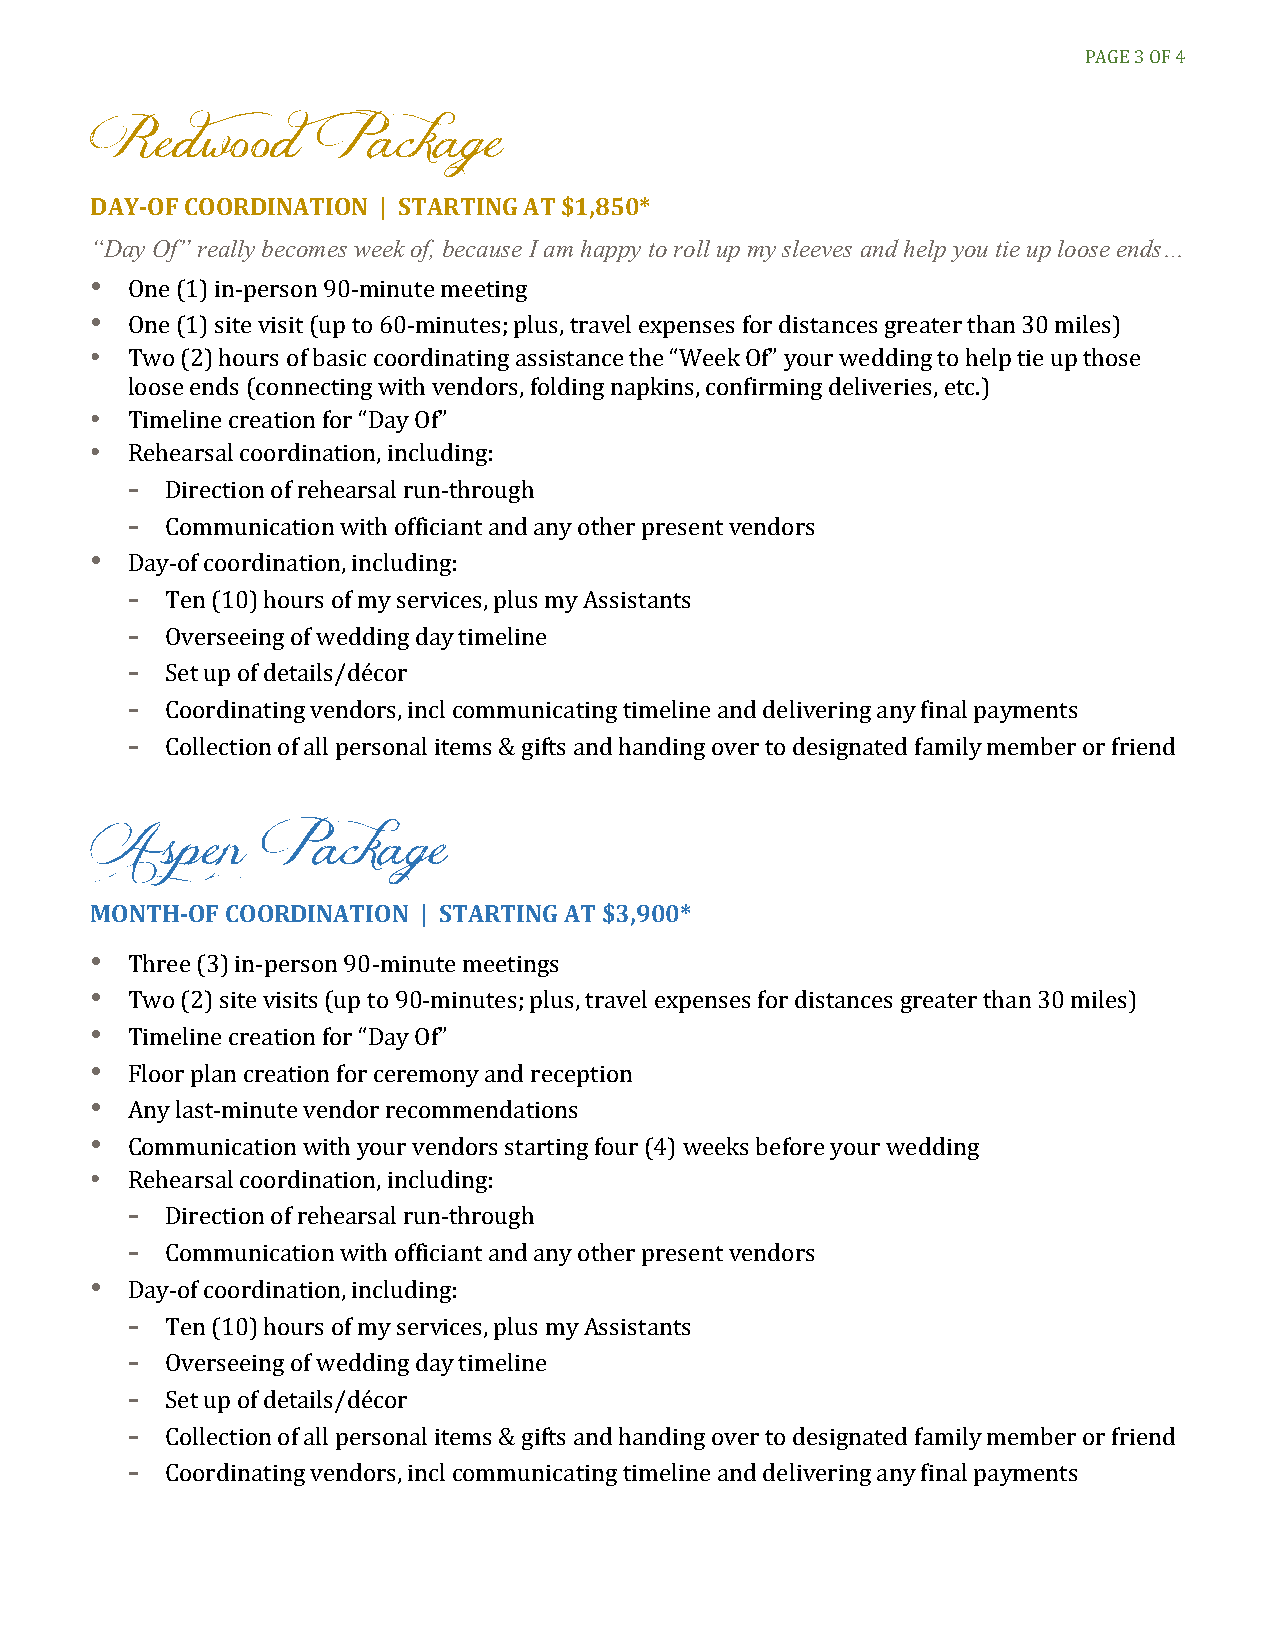
PAGE 3 OF 4
 Redwood        Package
 DAY-OF COORDINATION | STARTING AT $1,850*
 “Day Of” really becomes week of, because I am happy to roll up my sleeves and help you tie up loose ends…
 •
 •
 One (1) in-person 90-minute meeting
 •
 One (1) site visit (up to 60-minutes; plus, travel expenses for distances greater than 30 miles)
 • Two (2) hours of basic coordinating assistance the “Week Of” your wedding to help tie up those
 loose ends (connecting with vendors, folding napkins, confirming deliveries, etc.)
 •
 Timeline creation for “Day Of”
 -
 Rehearsal coordination, including:
 -
 Direction of rehearsal run-through
 •
 Communication with officiant and any other present vendors
 -
 Day-of coordination, including:
 -
 Ten (10) hours of my services, plus my Assistants
 -
 Overseeing of wedding day timeline
 -
 Set up of details/décor
 -
 Coordinating vendors, incl communicating timeline and delivering any final payments
 Collection of all personal items & gifts and handing over to designated family member or friend
 Aspen      Package
 MONTH-OF COORDINATION | STARTING AT $3,900*
 •
 •
 Three (3) in-person 90-minute meetings
 •
 Two (2) site visits (up to 90-minutes; plus, travel expenses for distances greater than 30 miles)
 •
 Timeline creation for “Day Of”
 •
 Floor plan creation for ceremony and reception
 •
 Any last-minute vendor recommendations
 •
 Communication with your vendors starting four (4) weeks before your wedding
 -
 Rehearsal coordination, including:
 -
 Direction of rehearsal run-through
 •
 Communication with officiant and any other present vendors
 -
 Day-of coordination, including:
 -
 Ten (10) hours of my services, plus my Assistants
 -
 Overseeing of wedding day timeline
 -
 Set up of details/décor
 -
 Collection of all personal items & gifts and handing over to designated family member or friend
 Coordinating vendors, incl communicating timeline and delivering any final payments